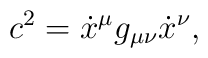
c^2=\dot x^\mu g_{\mu\nu}\dot x^\nu,